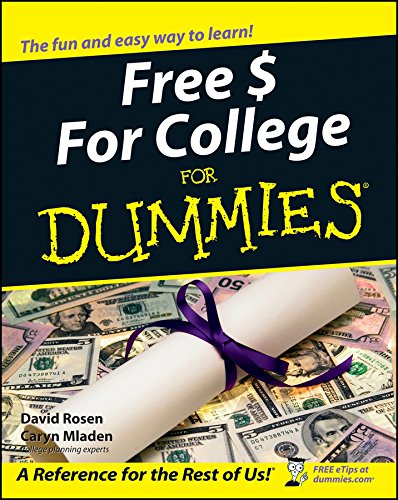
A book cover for Free $ For College For Dummies; David Rosen; Education & Teaching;